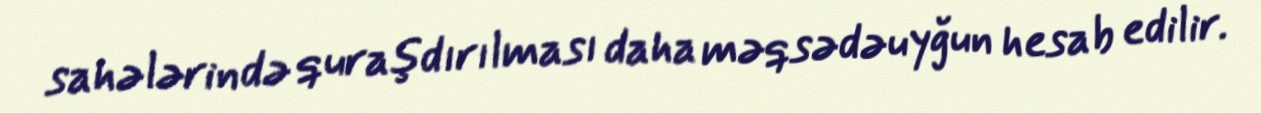
sahələrində quraşdırılması daha məqsədəuyğun hesab edilir.